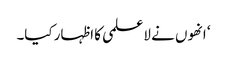
‘ انھوں نے لاعلمی کا اظہار کیا۔